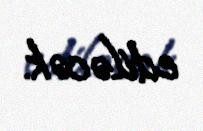
ediləcək.